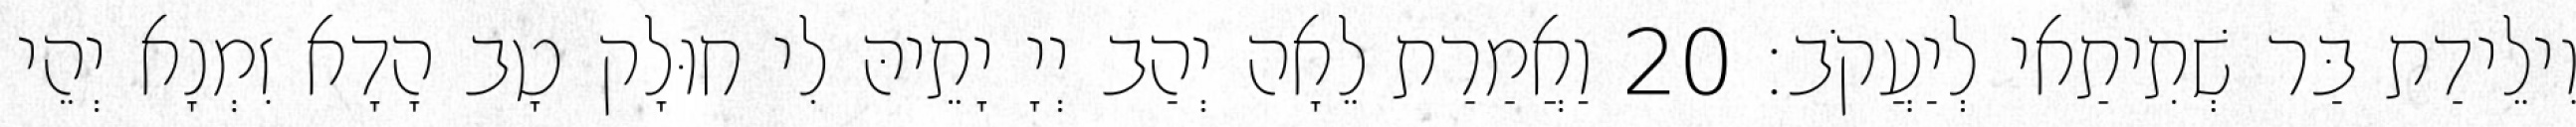
וִילֵידַת בַּר שְׁתִיתַאי לְיַעֲקֹב׃ 20 וַאֲמַרַת לֵאָה יְהַב יְיָ יָתֵיהּ לִי חוּלָק טָב הָדָא זִמְנָא יְהֵי